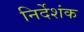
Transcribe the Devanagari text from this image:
निर्देशंक